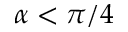
\alpha < \pi / 4